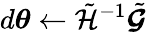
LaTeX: d{\boldsymbol{\theta}}\gets\tilde{\mathcal{H}}^{-1}\tilde{\boldsymbol{\mathcal{G}}}